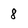
Character: 8